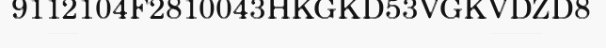
9112104F2810043HKGKD53VGKVDZD8